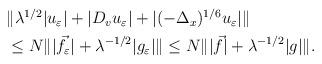
LaTeX: \begin{align*}\begin{aligned}&\|\lambda^{1/2} |u_{\varepsilon}| + |D_v u_{\varepsilon}| + |(-\Delta_x)^{1/6} u_{\varepsilon}|\|\\&\le N \||\vec f_{\varepsilon}| + \lambda^{-1/2} |g_{\varepsilon}|\| \le N \||\vec f| + \lambda^{-1/2}|g|\|.\end{aligned}\end{align*}